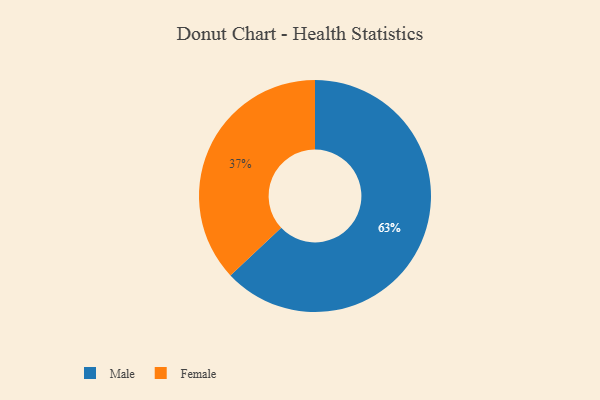
{"axis": {"x": "Category", "y": "Percentage"}, "legend": ["Female", "Male"], "data": [{"x": "Female", "y": 37, "type": "Female"}, {"x": "Male", "y": 63, "type": "Male"}]}